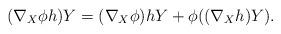
LaTeX: \begin{align*}(\nabla _{X}\phi h)Y=(\nabla _{X}\phi )hY+\phi ((\nabla _{X}h)Y).\end{align*}